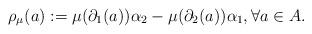
LaTeX: \begin{align*} \rho_\mu(a) := \mu(\partial_1(a)) \alpha_2 - \mu(\partial_2(a))\alpha_1, \forall a \in A. \end{align*}